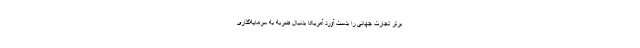
برتر تجارت جهانی را بدست آورد آمریکا بدنبال ضربه به سرمایه‌گذاری